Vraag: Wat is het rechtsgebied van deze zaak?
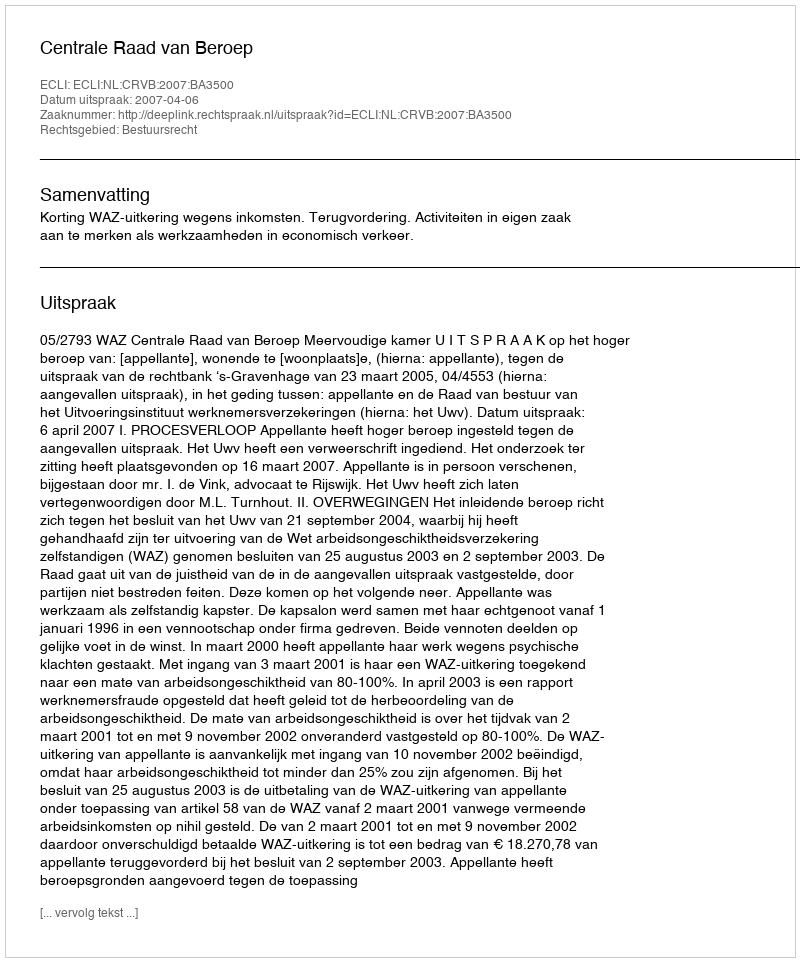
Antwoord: Bestuursrecht